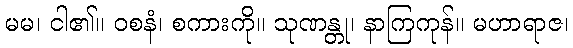
မမ၊ ငါ၏။ ဝစနံ၊ စကားကို။ သုဏန္တု၊ နာကြကုန်။ မဟာရာဇ၊